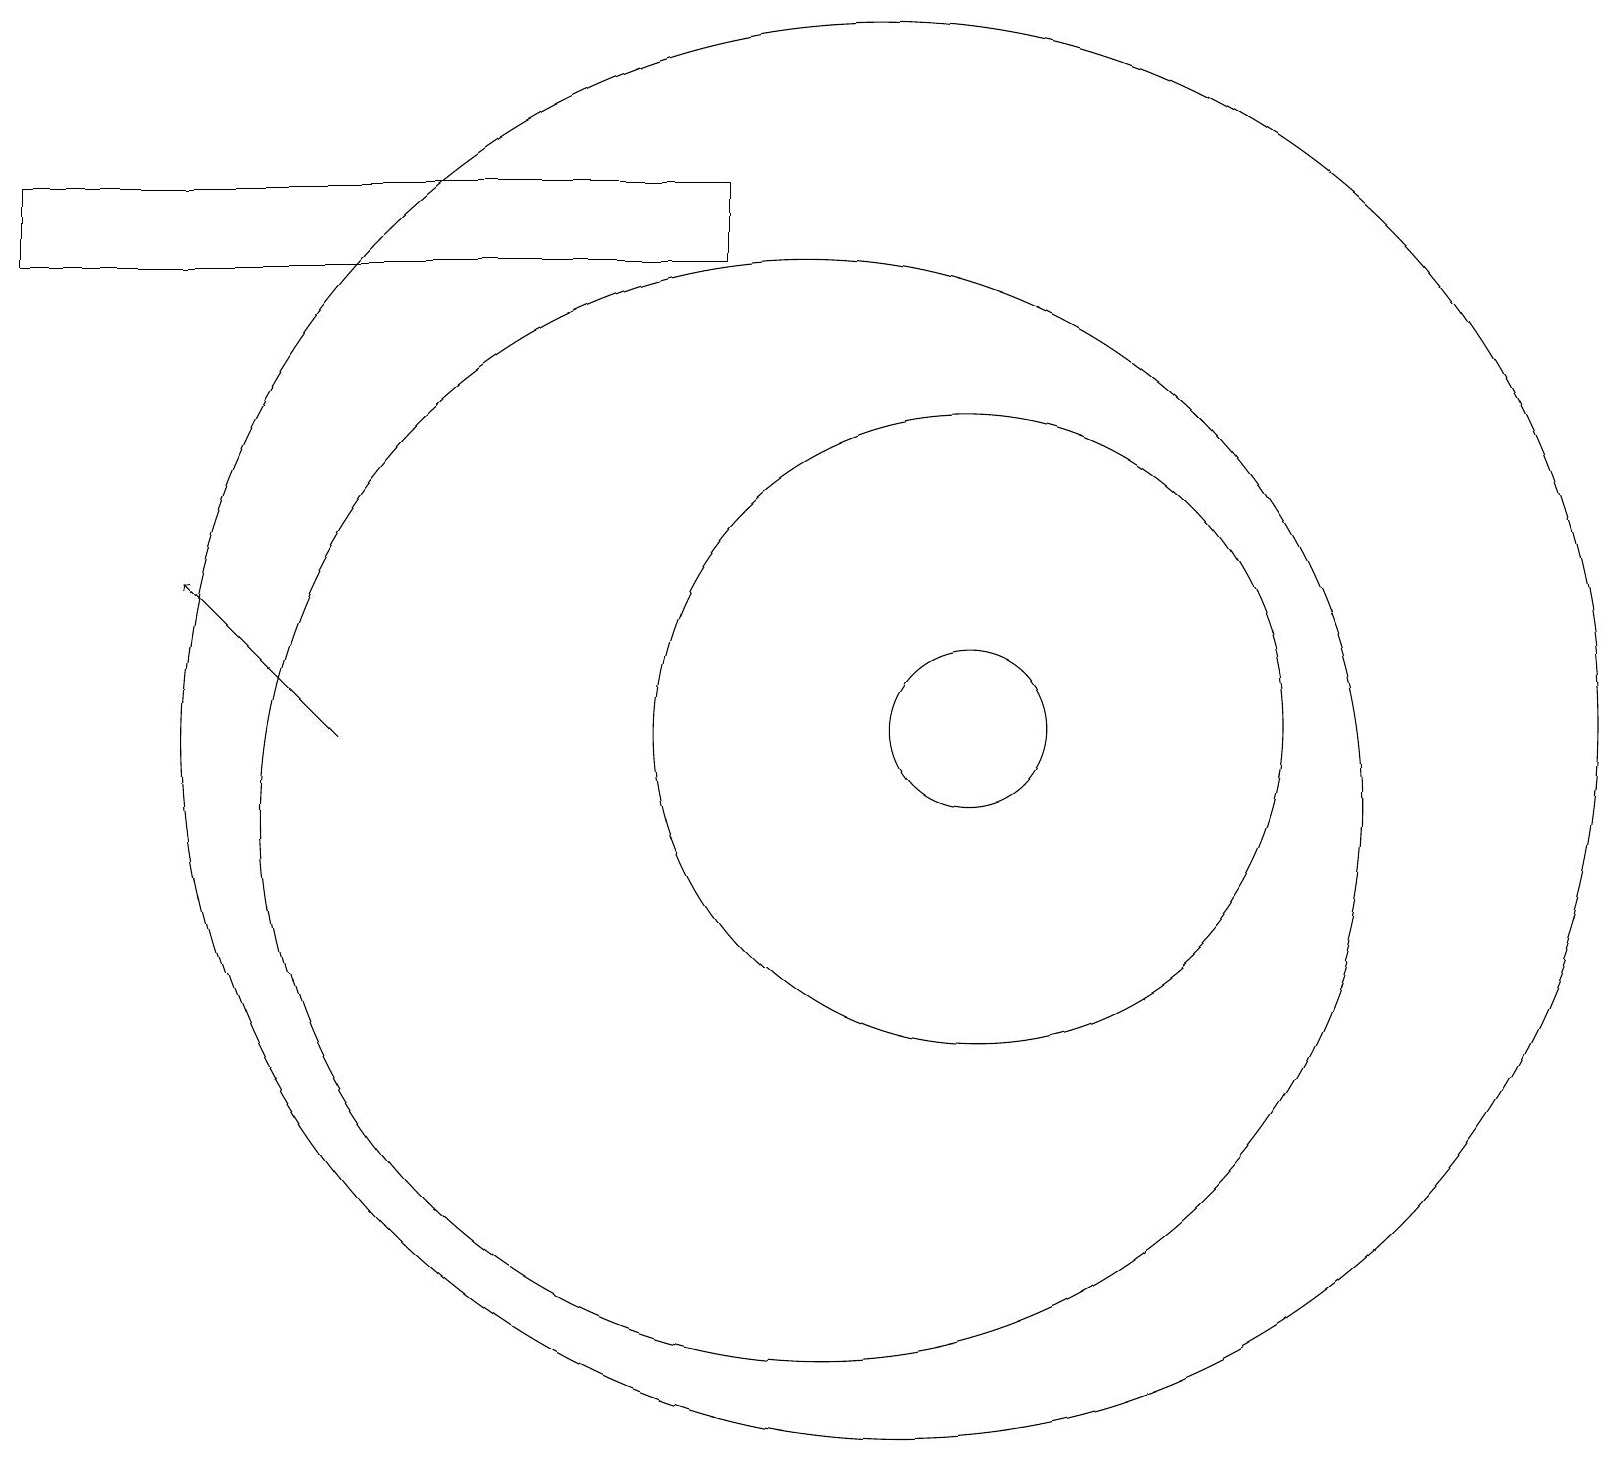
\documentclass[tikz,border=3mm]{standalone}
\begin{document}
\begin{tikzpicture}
\draw (9,19) rectangle (0,18);
\draw (10,11) circle (7);
\draw (12,12) circle (4);
\draw[->] (4,12) -- (2,14);
\draw (11,12) circle (9);
\draw (12,12) circle (1);
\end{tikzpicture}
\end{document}